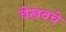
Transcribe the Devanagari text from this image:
चेखवचे